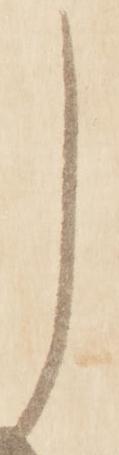
し